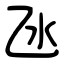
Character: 氹